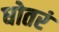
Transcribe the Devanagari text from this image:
धोतरं